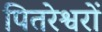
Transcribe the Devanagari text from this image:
पितरेश्वरों